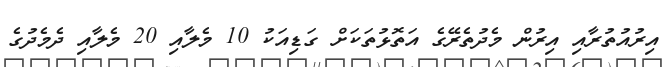
އިރުއުތުރާއި އިރުން މެދުތެރޭގެ އަތޮޅުތަކަށް ގަޑިއަކު 10 މެލާއި 20 މެލާއި ދެމެދުގެ